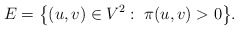
\begin{align*}E=\big\{(u,v)\in V^2:\; \pi(u,v)>0\big\}.\end{align*}